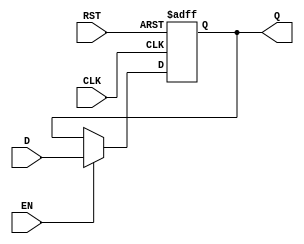
module pipeline_buffer #(
    parameter DATA_WIDTH = 8  // Parameter to define the width of the data
)(
    input  wire [DATA_WIDTH-1:0] D,    // Data Input
    input  wire CLK,                    // Clock Input
    input  wire EN,                     // Enable Signal
    input  wire RST,                    // Asynchronous Reset
    output reg  [DATA_WIDTH-1:0] Q      // Data Output
);

// Asynchronous reset and data capture on clock edge
always @(posedge CLK or posedge RST) begin
    if (RST) begin
        Q <= {DATA_WIDTH{1'b0}}; // Reset output to zero
    end else if (EN) begin
        Q <= D; // Capture data on enable
    end
end

endmodule